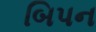
બિપન